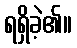
ရရှိခဲ့၏။